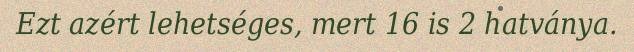
Ezt azért lehetséges, mert 16 is 2 hatványa.